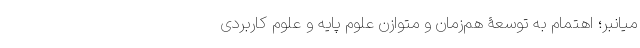
میانبر؛ اهتمام به توسعۀ هم‌زمان و متوازن علوم پایه و علوم کاربردی